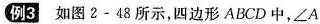
例3 如图2-48所示，四边形ABCD中，∠ A